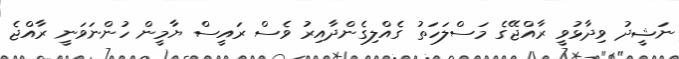
ނަޝީދު ވިދާޅުވީ ރާއްޖޭގެ މަސްލަހަތުު ގެއްލިގެންދާއިރު ވެސް ރައީސް ޔާމީން ހުންނަވަނީ ރާއްޖެ